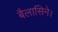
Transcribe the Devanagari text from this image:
बैलासिने।